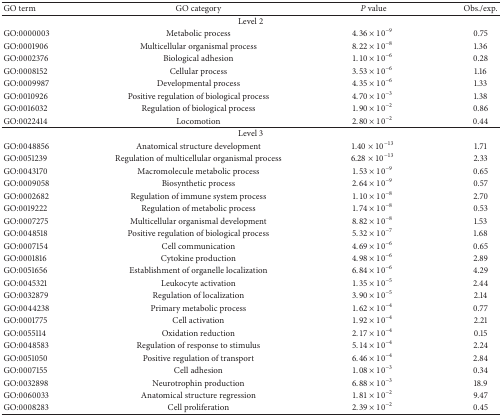
<table><thead><tr><td><b> GO term</b></td><td><b> GO category</b></td><td><b><i> P</i> value</b></td><td><b> Obs./exp. </b></td></tr></thead><tbody><tr><td colspan="4"> Level 2</td></tr><tr><td> GO:0000003</td><td> Metabolic process</td><td>4.36 × 10<sup>−9</sup></td><td> 0.75</td></tr><tr><td>GO:0001906</td><td> Multicellular organismal process</td><td>8.22 × 10<sup>−8</sup></td><td> 1.36</td></tr><tr><td>GO:0002376</td><td> Biological adhesion</td><td>1.10 × 10<sup>−6</sup></td><td> 0.28</td></tr><tr><td>GO:0008152</td><td> Cellular process</td><td>3.53 × 10<sup>−6</sup></td><td> 1.16</td></tr><tr><td>GO:0009987</td><td> Developmental process</td><td>4.35 × 10<sup>−6</sup></td><td> 1.33</td></tr><tr><td>GO:0010926</td><td> Positive regulation of biological process</td><td>4.70 × 10<sup>−3</sup></td><td> 1.38</td></tr><tr><td>GO:0016032</td><td> Regulation of biological process</td><td>1.90 × 10<sup>−2</sup></td><td> 0.86</td></tr><tr><td>GO:0022414</td><td> Locomotion</td><td>2.80 × 10<sup>−2</sup></td><td> 0.44</td></tr><tr><td colspan="4"> Level 3</td></tr><tr><td> GO:0048856</td><td> Anatomical structure development</td><td>1.40 × 10<sup>−13</sup></td><td> 1.71</td></tr><tr><td>GO:0051239</td><td> Regulation of multicellular organismal process</td><td>6.28 × 10<sup>−13</sup></td><td> 2.33</td></tr><tr><td>GO:0043170</td><td> Macromolecule metabolic process</td><td>1.53 × 10<sup>−9</sup></td><td> 0.65</td></tr><tr><td>GO:0009058</td><td> Biosynthetic process</td><td>2.64 × 10<sup>−9</sup></td><td> 0.57</td></tr><tr><td>GO:0002682</td><td> Regulation of immune system process</td><td>1.10 × 10<sup>−8</sup></td><td> 2.70</td></tr><tr><td>GO:0019222</td><td> Regulation of metabolic process</td><td>1.74 × 10<sup>−8</sup></td><td> 0.53</td></tr><tr><td>GO:0007275</td><td> Multicellular organismal development</td><td>8.82 × 10<sup>−8</sup></td><td> 1.53</td></tr><tr><td>GO:0048518</td><td> Positive regulation of biological process</td><td>5.32 × 10<sup>−7</sup></td><td> 1.68</td></tr><tr><td>GO:0007154</td><td> Cell communication</td><td>4.69 × 10<sup>−6</sup></td><td> 0.65</td></tr><tr><td>GO:0001816</td><td> Cytokine production</td><td>4.98 × 10<sup>−6</sup></td><td> 2.89</td></tr><tr><td>GO:0051656</td><td> Establishment of organelle localization</td><td>6.84 × 10<sup>−6</sup></td><td> 4.29</td></tr><tr><td>GO:0045321</td><td> Leukocyte activation</td><td>1.35 × 10<sup>−5</sup></td><td> 2.44</td></tr><tr><td>GO:0032879</td><td> Regulation of localization</td><td>3.90 × 10<sup>−5</sup></td><td> 2.14</td></tr><tr><td>GO:0044238</td><td> Primary metabolic process</td><td>1.62 × 10<sup>−4</sup></td><td> 0.77</td></tr><tr><td>GO:0001775</td><td> Cell activation</td><td>1.92 × 10<sup>−4</sup></td><td> 2.21</td></tr><tr><td>GO:0055114</td><td> Oxidation reduction</td><td>2.17 × 10<sup>−4</sup></td><td> 0.15</td></tr><tr><td>GO:0048583</td><td> Regulation of response to stimulus</td><td>5.14 × 10<sup>−4</sup></td><td> 2.24</td></tr><tr><td>GO:0051050</td><td> Positive regulation of transport</td><td>6.46 × 10<sup>−4</sup></td><td> 2.84</td></tr><tr><td>GO:0007155</td><td> Cell adhesion</td><td>1.08 × 10<sup>−3</sup></td><td> 0.34</td></tr><tr><td>GO:0032898</td><td> Neurotrophin production</td><td>6.88 × 10<sup>−3</sup></td><td> 18.9</td></tr><tr><td>GO:0060033</td><td> Anatomical structure regression</td><td>1.81 × 10<sup>−2</sup></td><td> 9.47</td></tr><tr><td>GO:0008283</td><td> Cell proliferation</td><td>2.39 × 10<sup>−2</sup></td><td> 0.45</td></tr></tbody></table>